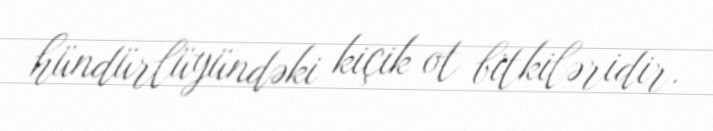
hündürlüyündəki kiçik ot bitkiləridir.